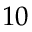
1 0